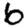
Digit: 6